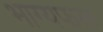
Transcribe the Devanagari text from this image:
भाग्यफल